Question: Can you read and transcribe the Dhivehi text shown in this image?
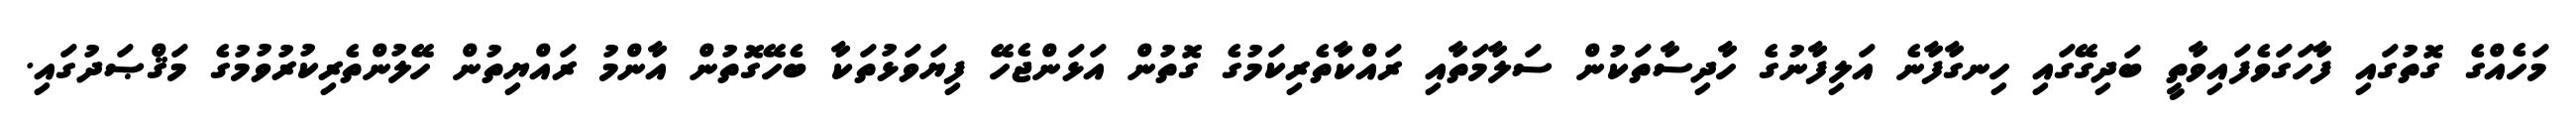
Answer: މަހެއްގެ ގޮތުގައި ފާހަގަވެފައިވާތީ ބަދިގޭގައި ހިނގާފާނެ އަލިފާނުގެ ހާދިސާތަކުން ސަލާމަތާއި ރައްކާތެރިކަމުގެ ގޮތުން އަޅަންޖެހޭ ފިޔަވަޅުތަކާ ބެހޭގޮތުން އާންމު ރައްޔިތުން ހޭލުންތެރިކުރުވުމުގެ މަޤްޞަދުގައި.